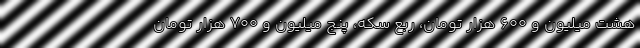
هشت میلیون و ۶۰۰ هزار تومان، ربع سکه، پنج میلیون و ۷۰۰ هزار تومان